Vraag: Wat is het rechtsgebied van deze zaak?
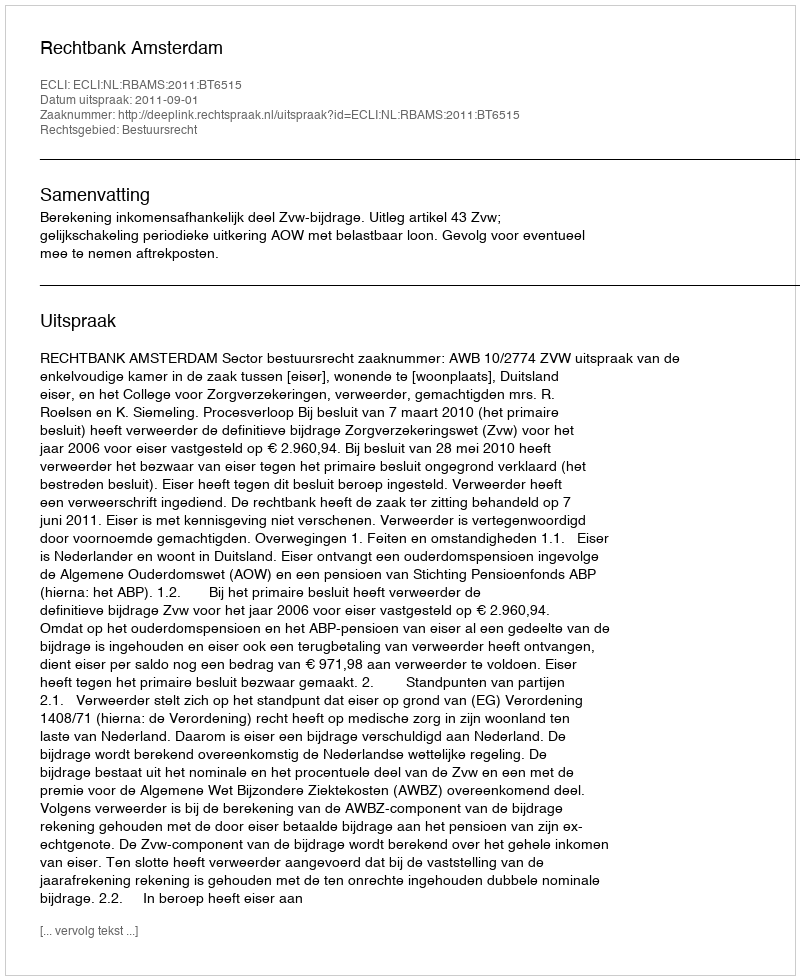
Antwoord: Bestuursrecht